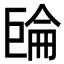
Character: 𢀧